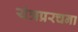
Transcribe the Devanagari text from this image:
यंत्रप्ररचना